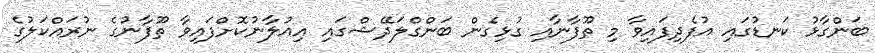
ބަންގާޅު ކަނޑުގައި އުފެދިފައިވާ މި ތޫފާނާއި ގުޅިގެން ބަންގްލަދޭޝްގައި އިއުލާނުކޮށްފައިވާ ތޫފާނުގެ ނުރައްކަލުގެ